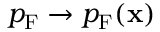
p _ { \mathrm { F } } \to p _ { \mathrm { F } } ( \mathbf { x } )